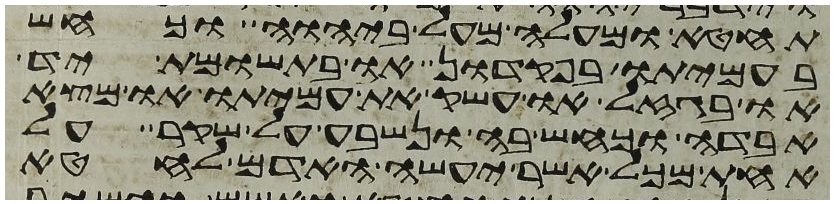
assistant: תחטא ומעלה מעל ביהוה וכחש
בעמיתו בפקדון או בתשומת יד
או בגזל או עשק את עמיתו או מצא
אבדה וכחש בה ונשבע על שקר על
אחת מכל אשר יעשה האדם לחטא